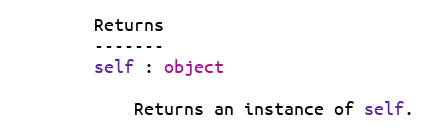
Language: Python
        Returns
        -------
        self : object

            Returns an instance of self.